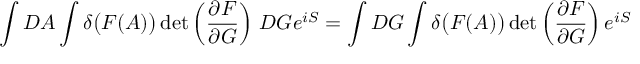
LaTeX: \int D A \int \delta { \big ( } F ( A ) { \big ) } \operatorname* { d e t } \left( { \frac { \partial F } { \partial G } } \right) \, D G e ^ { i S } = \int D G \int \delta { \big ( } F ( A ) { \big ) } \operatorname* { d e t } \left( { \frac { \partial F } { \partial G } } \right) e ^ { i S }